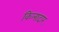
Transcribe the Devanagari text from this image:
किलादार